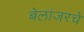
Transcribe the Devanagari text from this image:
बेलांजरचे